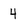
Character: 4